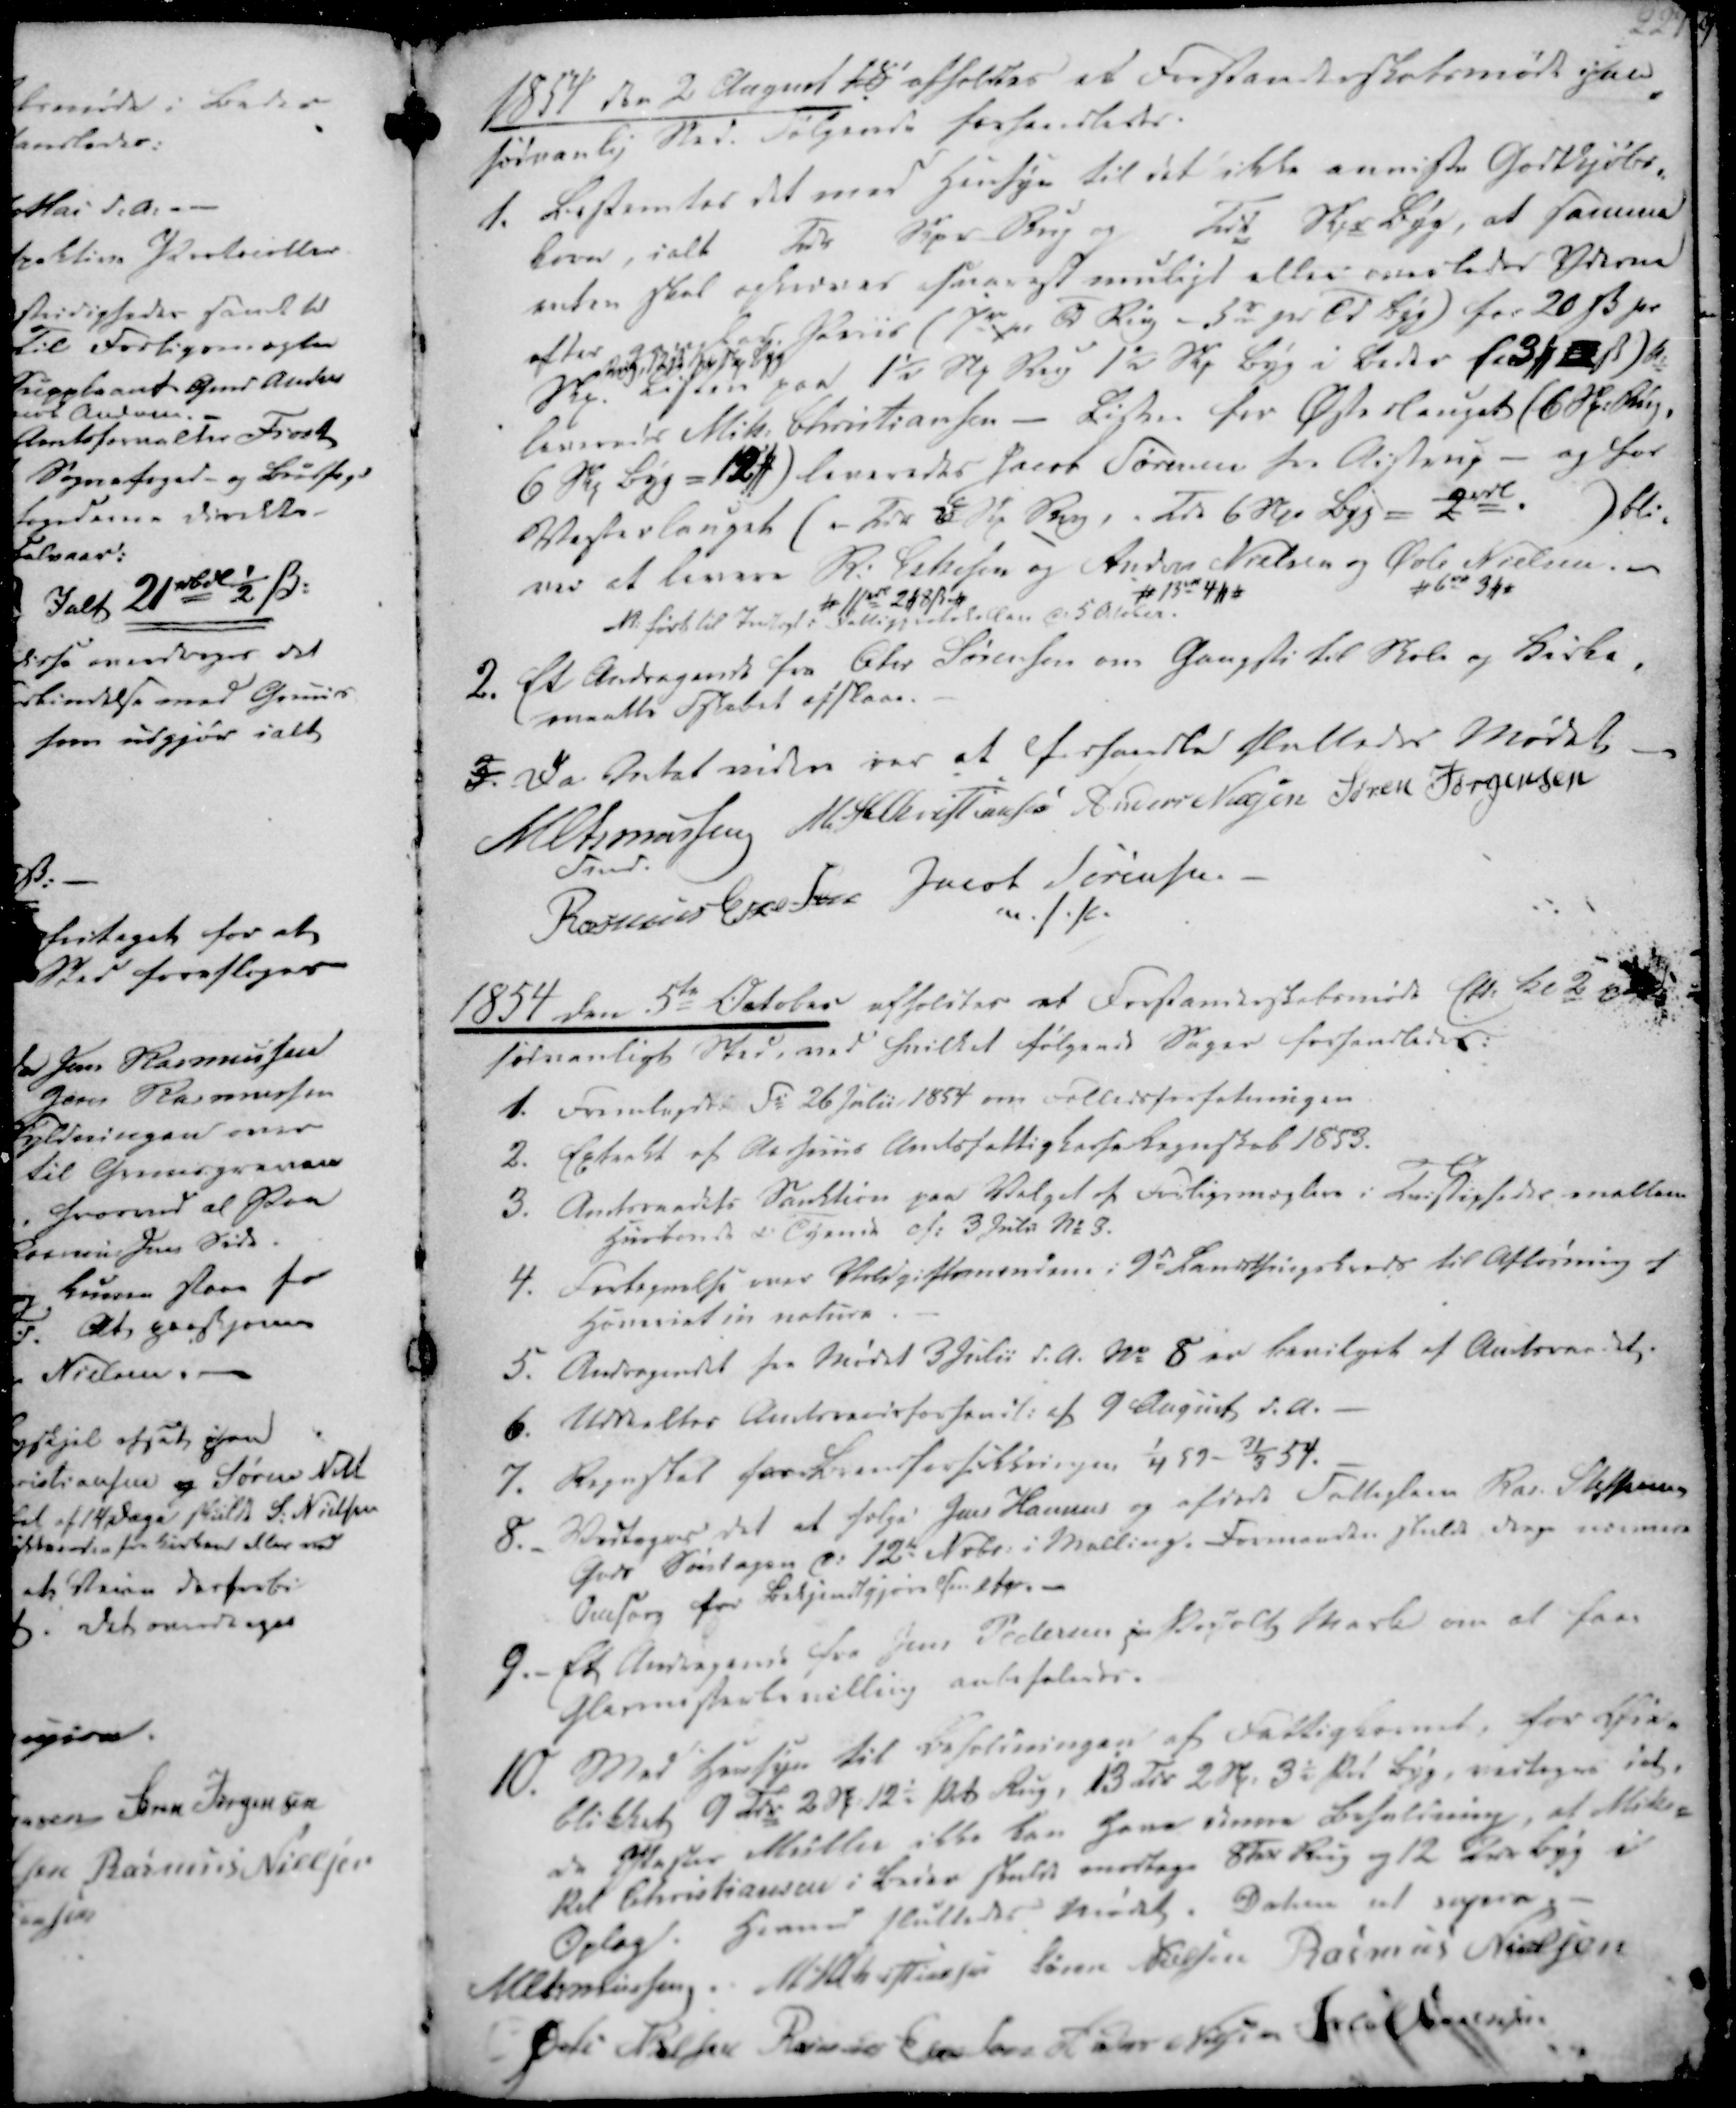
Transskription:
1854 den 2 August 18 afholdtes et Forstanderskabsmøde paa
sædvanlig Sted. Følgende forhandledes.

1. Bestemtes det med Hensyn til det ikke anviste Godtkjøbs-
korn, ialt  Tdr  Skpr Rug og
Tdr  Skpr Byg, at samme
enten skal opkræves snarest muligt eller overlades Yderne
efter gangsbar Priis (7 r pr Td Rug - 5 r pr Td Byg) for 20 ẞ pr
Skp.
Rug 12 ẞ pr skp Byg
Listen paa 1½ Skp Rug 1½ Skp Byg i Beder (3 ₻ 12 ẞ) bl.
leveredes Mik. Christiansen - Listen for Østerlauget (6 Skp. Rug,
6 Skp Byg = 12 ₻) leveredes Jacob Sørensen fra Aistrup - og for
Vesterlauget ("- Tdr 6 Skp Rug, " Tdr 6 Skp Byg = 2 rdb. ) bli-
ver at levere R. Eskesen
# 11 rbd 2 ₻ 8 ẞ #
og Anders Nielsen
# 13 rd 4 ₻ #
og Øvle Nielsen. -
# 6 rd 3 ₻ #
bl. ført til Indtægt i Fattigprotokollen d. 5 October

2. Et Andragende fra Ole Sørensen om Gangsti til Skole og Kirke,
maatte Fskabet afslaae.

3. Da Intet videre var at forhandle sluttedes Mødet
M Asmussen
Fmd.
M. H. Christiansen
Anders Nielsen
Søren Jørgensen
Rasmus Eskesen
Jacob Sørensen
m.f.k.

1854 den 5te October afholdtes et Forstanderskabsmøde Eft. Kl. 2
sædvanligt Sted, ved hvilket følgende Sager forhandledes:

1. Fremlagdes F. 26 Julii 1854 om Fælledsforfatningen
2. Extrakt af Aarhuus Amtsfattigkasse Regnskab 1853.
3. Amtsraadets Sanktion paa Valget af Forligsmæglere i Tvistigheder mellem
Husbondt i Eyende af: 3 Juli No 3.
4. Fortegnelse over Voldgiftsmændene i 9de Landsthingskreds til Afløsning af
Honoriat in natura.
5. Andragendet fra Mødet 3 Julii d.A. No 8 er bevilget af Amtsraadet.

6. Uddeeltes Amtsraadsforhandl. af 9 August d.A.
7. Regnskab for Brandforsikkringen 1/4 53 - 31/3 54.
8._ Vedtages det at sælge Jens Hansens og afdøde Fattiglem Ras. Steffensens
Gods Søndagen d. 12te Novbr. i Malling. Formanden skulde drage nærmere
Omsorg for Bekjendtgjørelsen afor.-
9.- Et Andragende fra Jens Pedersen p Pedholt Mark om at faae
Glarmesterbevilling anbefaledes.
10. Med Hensyn til Beholdningen af Fattigkornet, for Øie-
blikket 9 Tdr 2 Skp 12½ Pot Rug, 13 Tdr 2 Skp. 3½ Pot Byg, vedtages det,
da Pastor Müller ikke kan have denne Beholdning, at Mik-
kel Christiansen i Beder skulde overtage 8 Tdr Rug og 12 Tdr Byg i
Oplag. Hermed sluttedes Mødet. Datum ut supra.

M Asmussen
M. H. Christiansen
Søren Nielsen
Rasmus Nielsen
Øvli Nielsen
Rasmus Eskesen
Anders Nielsen
Jacob Sørensen